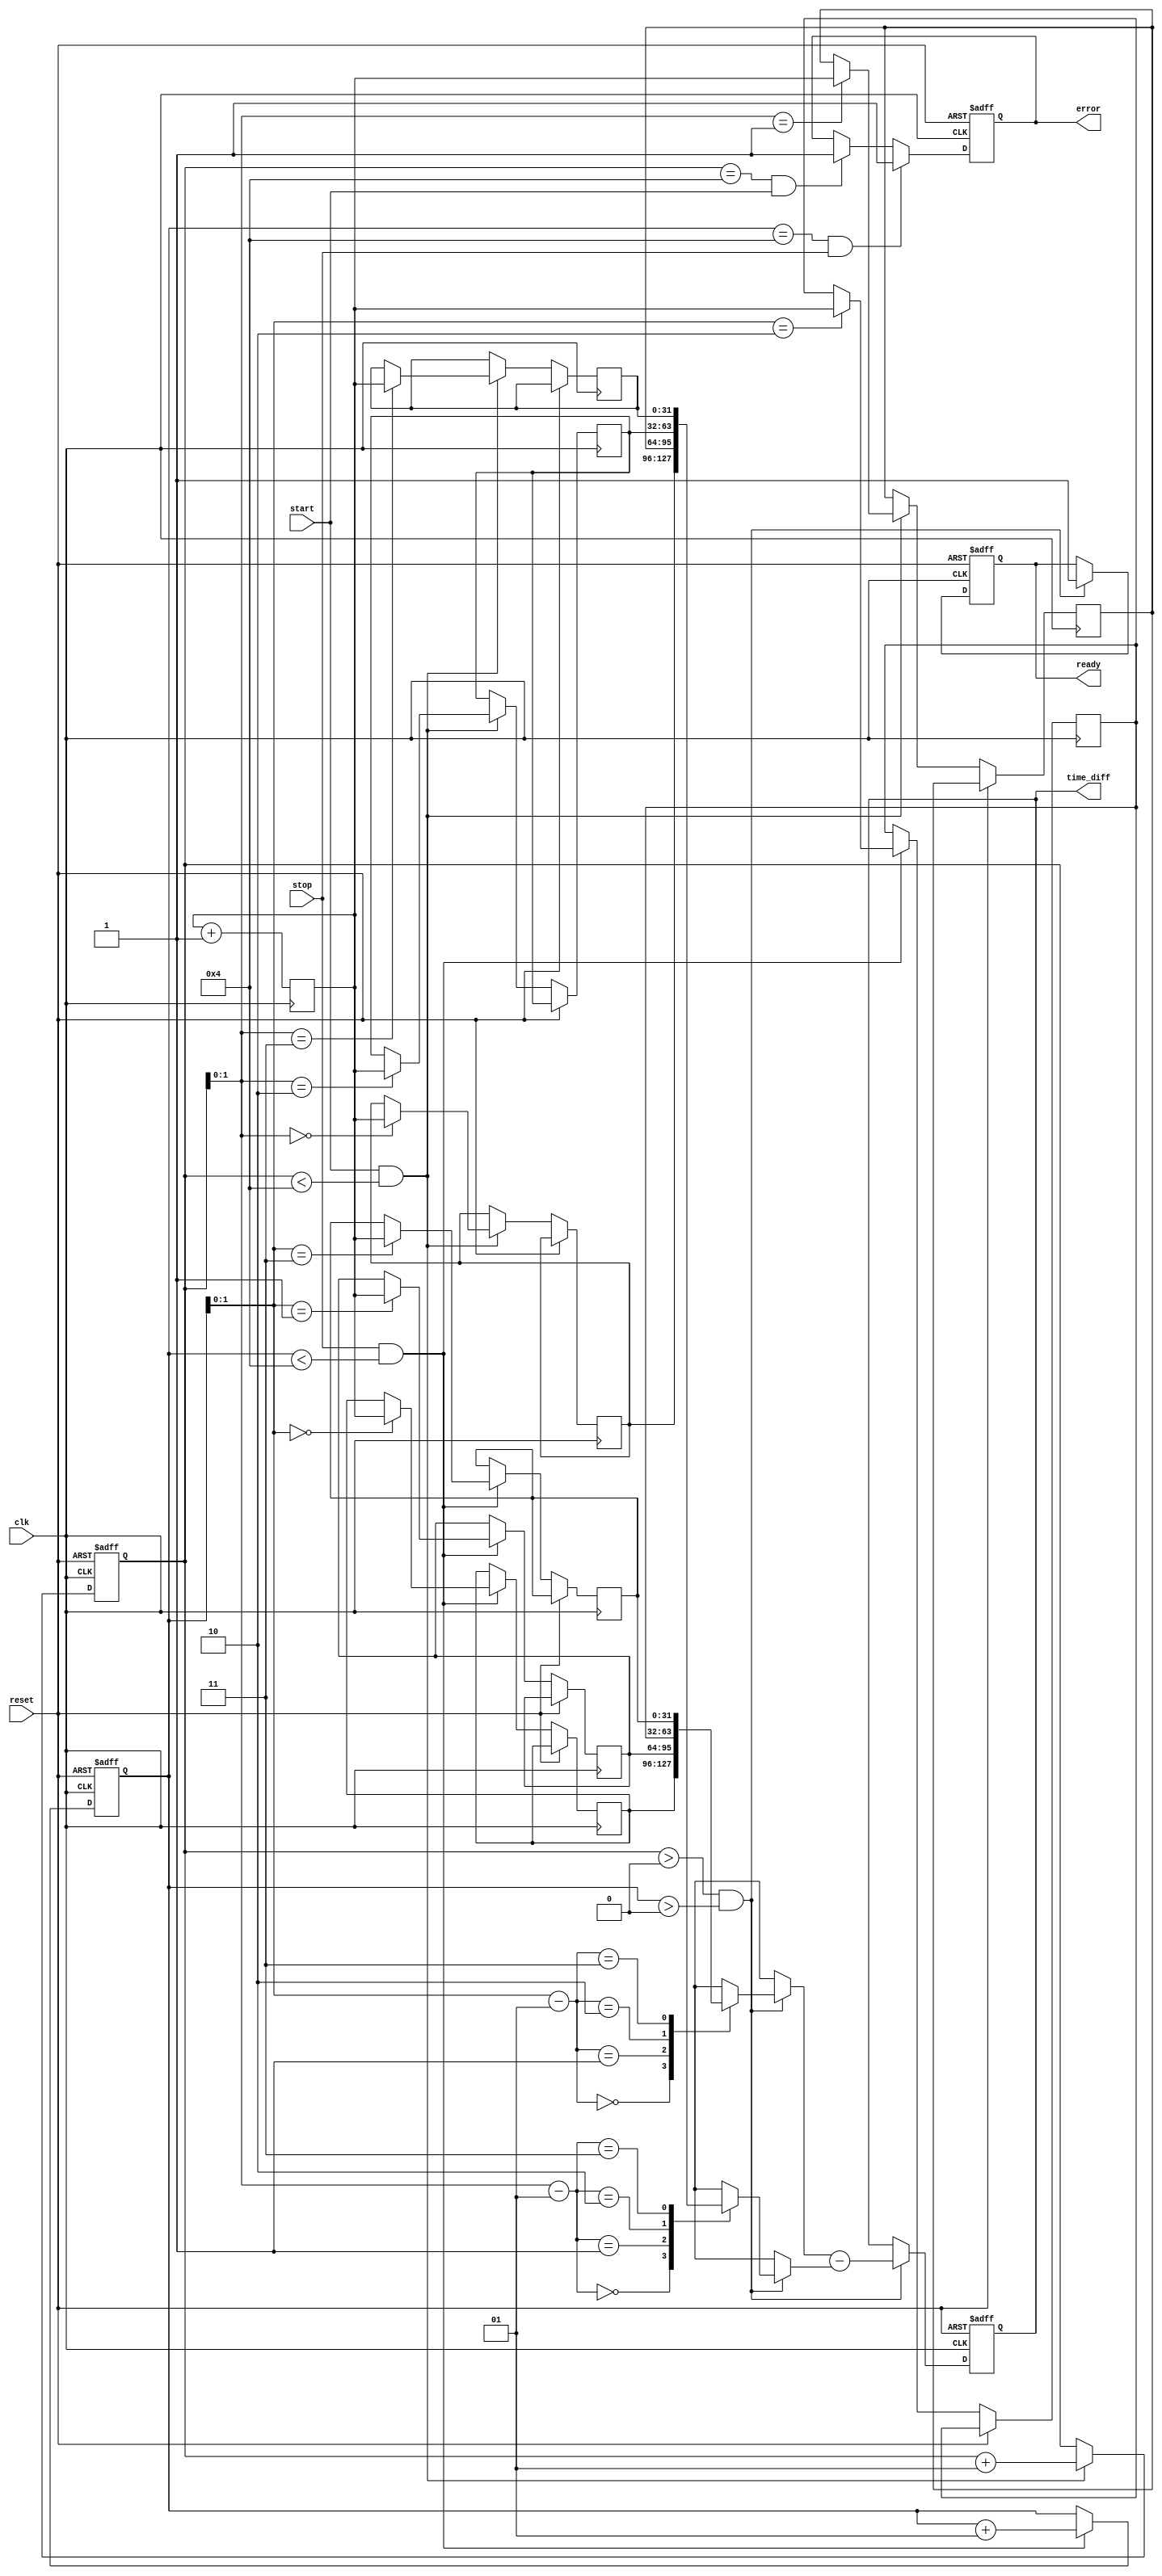
module TDC (
    input wire clk,            // Clock signal
    input wire reset,          // Asynchronous reset signal
    input wire start,          // Start signal
    input wire stop,           // Stop signal
    output reg [31:0] time_diff, // Time difference output
    output reg ready,          // Indicates output data is valid
    output reg error           // Error flag
);
    // Parameters
    parameter MEM_BLOCK_SIZE = 4; // Number of timestamps that can be stored
    parameter TS_WIDTH = 32;        // Width of the timestamp

    // Memory Arrays to store timestamps
    reg [TS_WIDTH-1:0] mem_start [0:MEM_BLOCK_SIZE-1];
    reg [TS_WIDTH-1:0] mem_stop [0:MEM_BLOCK_SIZE-1];
    
    // Counters for the memory writes
    integer start_idx = 0;
    integer stop_idx = 0;
    
    // Internal timestamp variable
    reg [TS_WIDTH-1:0] timestamp;

    // Main operational block
    always @(posedge clk or posedge reset) begin
        if (reset) begin
            // Reset the internal states
            ready <= 0;
            error <= 0;
            start_idx <= 0;
            stop_idx <= 0;
            time_diff <= 0;
        end else begin
            // Capture timestamps on start and stop signals
            if (start && start_idx < MEM_BLOCK_SIZE) begin
                // Capture the start timestamp
                mem_start[start_idx] <= timestamp;
                start_idx <= start_idx + 1;
            end
            
            if (stop && stop_idx < MEM_BLOCK_SIZE) begin
                // Capture the stop timestamp
                mem_stop[stop_idx] <= timestamp;
                stop_idx <= stop_idx + 1;
            end
            
            // Check if we have both start and stop timestamps to compute time difference
            if (start_idx > 0 && stop_idx > 0) begin
                // Calculate the time difference for the latest pair
                time_diff <= mem_stop[stop_idx-1] - mem_start[start_idx-1];
                ready <= 1;  // Data is ready
            end
            
            // Handling errors
            if (start_idx == MEM_BLOCK_SIZE && start) begin
                error <= 1; // Error: no more space for start timestamps
            end
            if (stop_idx == MEM_BLOCK_SIZE && stop) begin
                error <= 1; // Error: no more space for stop timestamps
            end
        end
    end

    // Clock cycle counter
    always @(posedge clk) begin
        // Assume timestamp increments with each clock cycle, 
        // This can be replaced with a more accurate timestamp generation mechanism
        timestamp <= timestamp + 1;
    end
endmodule